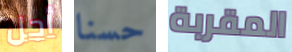
أجل حسنا المقربة